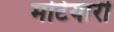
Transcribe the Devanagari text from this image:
मटियारी